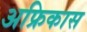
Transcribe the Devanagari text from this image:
अफ्रिकास